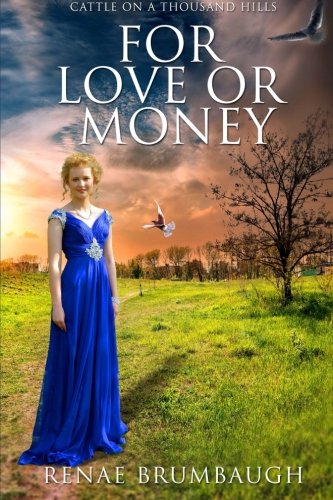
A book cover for For Love or Money (Cattle on a Thousand Hills) (Volume 1); Renae Brumbaugh; Christian Books & Bibles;